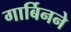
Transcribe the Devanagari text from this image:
गार्बिनने